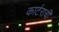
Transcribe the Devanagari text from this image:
कार्टराची